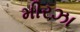
મીરઝા